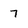
Character: 7